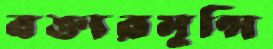
বক্তারমুন্সি